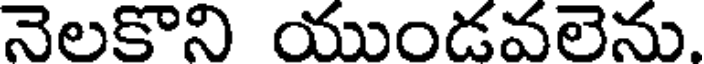
నెలకొని యుండవలెను.